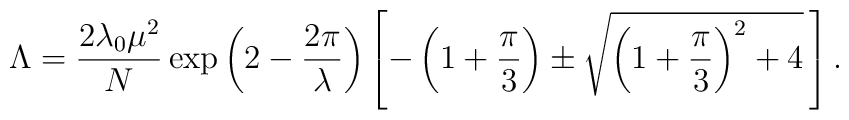
\Lambda=\frac{2\lambda_{0}\mu^2}{N}     \exp\left(2-\frac{2\pi}{\lambda}\right)     \left[-\left(1+\frac{\pi}{3}\right)     \pm \sqrt{\left(1+\frac{\pi}{3}\right)^2+4}\,     \right].